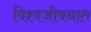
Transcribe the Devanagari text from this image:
विश्वजीवनात